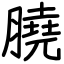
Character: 膮